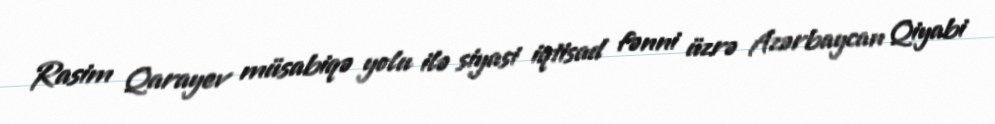
Rasim Qarayev müsabiqə yolu ilə siyasi iqtisad fənni üzrə Azərbaycan Qiyabi